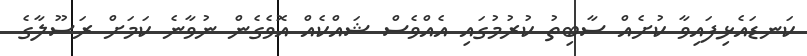
ކަނޑައެޅިފައިވާ ކުށެއް ސާބިތު ކުރުމުގައި އެއްވެސް ޝައްކެއް އޮވެގެން ނުވާނެ ކަމަށް ރަސޫލާގެ